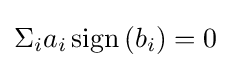
\Sigma _{i}a_{i}\operatorname {sign} {(b_{i})}=0